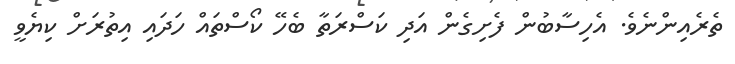
ތެރެއިންނެވެ. އެހިސާބުން ފެށިގެން އަދި ކަސްރަތާ ބެހޭ ކޯސްތައް ހަދައި އިތުރަށް ކިޔެވީ